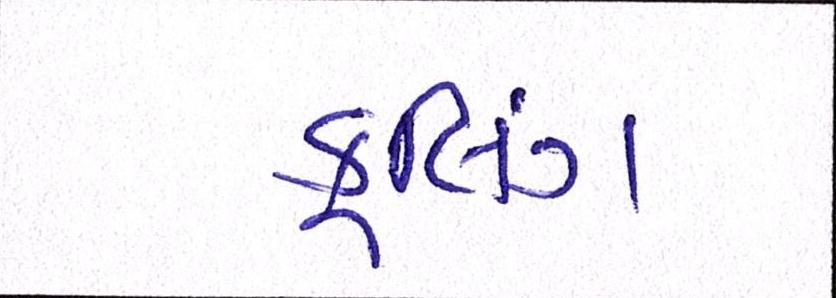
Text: કૂલિંગ